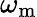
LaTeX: \omega_{\mathrm{m}}